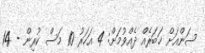
ސަންއަށް ޚަބަރެއް ދެއްވުމަށް: 4 އަހަރު 10 މަސް ކުރިން - 14